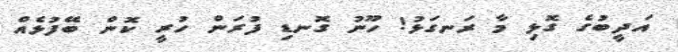
އަދީބުގެ ގޮޅި މާ ރަނގަޅު! ހޫނު ގޮނޑި ފުރަން ހުރީ ކޮން ބޭފުޅެއް